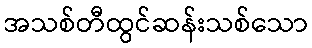
အသစ်တီထွင်ဆန်းသစ်သော